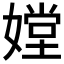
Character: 𡠠